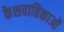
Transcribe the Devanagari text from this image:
केशवाहिकाओं